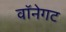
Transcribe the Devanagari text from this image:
वॉनेगट